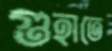
গুহাতে